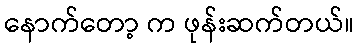
နောက်တော့ က ဖုန်းဆက်တယ်။